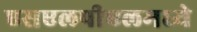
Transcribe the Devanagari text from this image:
एसएलपीएलमध्ये